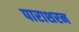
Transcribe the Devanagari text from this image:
पाराशरन